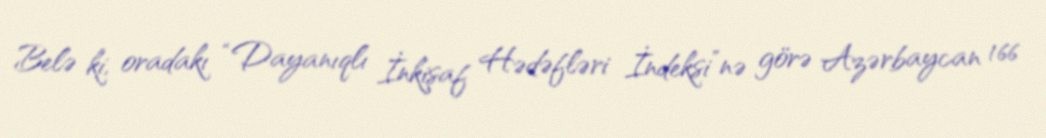
Belə ki, oradakı “Dayanıqlı İnkişaf Hədəfləri İndeksi”nə görə Azərbaycan 166